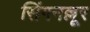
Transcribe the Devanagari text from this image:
सिंगनल्लूर